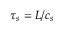
\tau _ { s } = L / c _ { s }